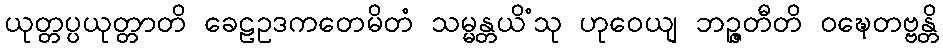
ယုတ္တပ္ပယုတ္တာတိ ခေဠဥဒကတေမိတံ သမ္မန္တယိံသု ဟုဝေယျ ဘဉ္ဇတီတိ ဝဍ္ဎေတဗ္ဗန္တိ